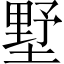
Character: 墅